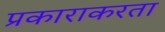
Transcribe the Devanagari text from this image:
प्रकाराकरता